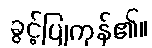
ခွင့်ပြုကုန်၏။